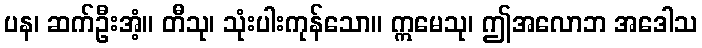
ပန၊ ဆက်ဦးအံ့။ တီသု၊ သုံးပါးကုန်သော။ ဣမေသု၊ ဤအလောဘ အဒေါသ